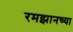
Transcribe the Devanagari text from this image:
रमझानच्या